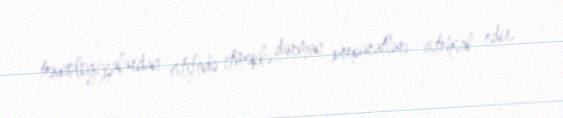
texnologiyalardan istifadə etməklə dərman preparatları istehsal edir.